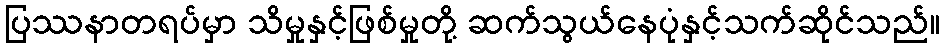
ပြဿနာတရပ်မှာ သိမှုနှင့်ဖြစ်မှုတို့ ဆက်သွယ်နေပုံနှင့်သက်ဆိုင်သည်။